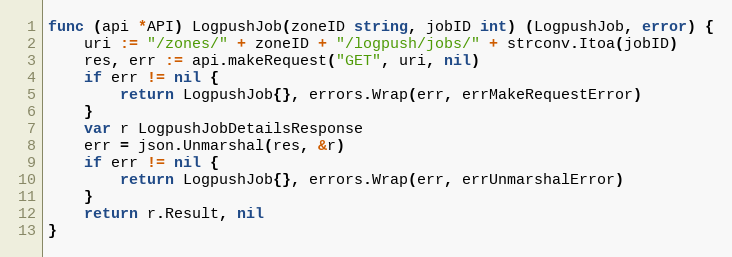
Language: Go
func (api *API) LogpushJob(zoneID string, jobID int) (LogpushJob, error) {
	uri := "/zones/" + zoneID + "/logpush/jobs/" + strconv.Itoa(jobID)
	res, err := api.makeRequest("GET", uri, nil)
	if err != nil {
		return LogpushJob{}, errors.Wrap(err, errMakeRequestError)
	}
	var r LogpushJobDetailsResponse
	err = json.Unmarshal(res, &r)
	if err != nil {
		return LogpushJob{}, errors.Wrap(err, errUnmarshalError)
	}
	return r.Result, nil
}